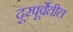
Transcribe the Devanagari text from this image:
दूरपूर्वेतील